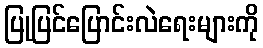
ပြုပြင်ပြောင်းလဲရေးများကို